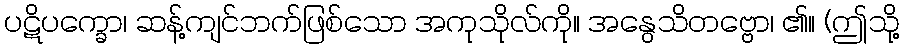
ပဋိပက္ခော၊ ဆန့်ကျင်ဘက်ဖြစ်သော အကုသိုလ်ကို။ အနွေသိတဗ္ဗော၊ ၏။ (ဤသို့